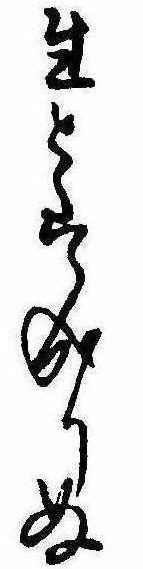
生とはなりぬ